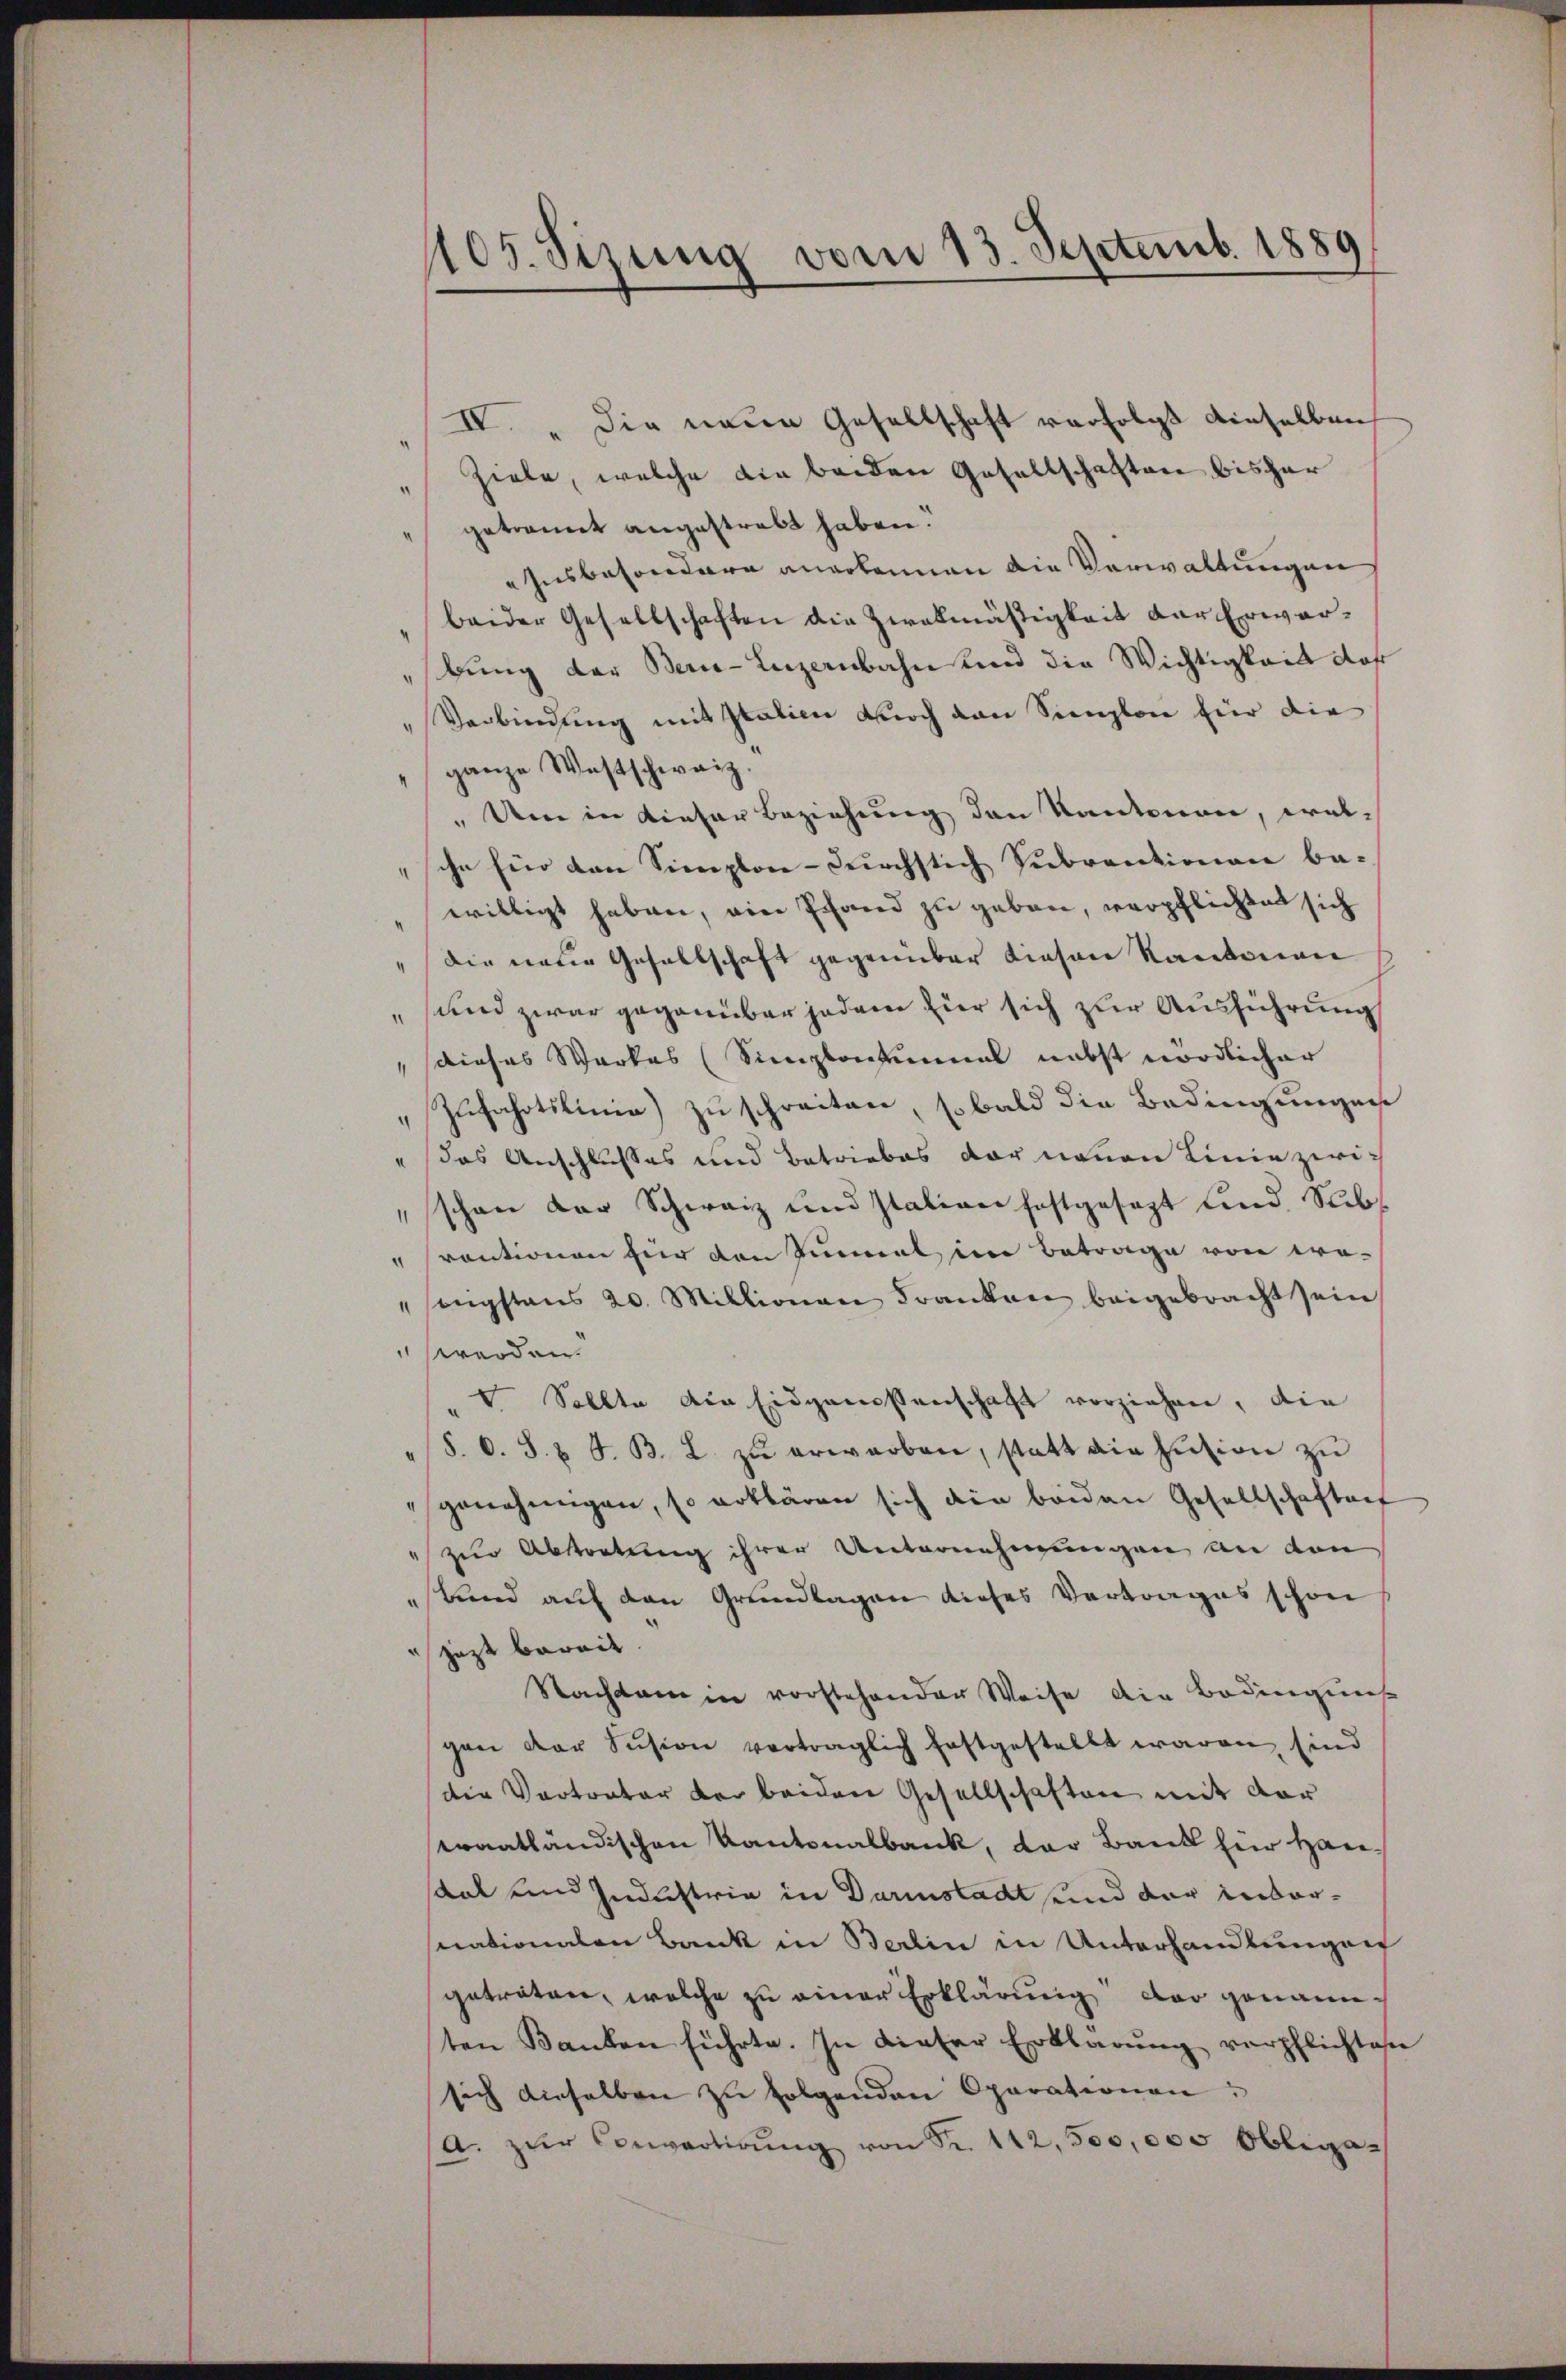
105. Sizung vom 13. Septemb. 1889

IV. Die neue Gesellschaft verfolgt dieselben
Ziele, welche die beiden Gesellschaften bisher
getrannt angestrebt haben.
Insbesondern angekannen die Verwaltungen
beider Gesellschaften die Zwekmäßigkeit der Erwarbung der Berne-Luzernbahn und die Wichtigkeit das
" Verbindung mit Italien doch von Simplon für die
ganze Westschweiz.
Um in dieser Beziehung den Kantonen, wel-
sche Ein den Simplon-Durchstich Subventionen be-
willigt haben, ein Schand zu geben, verpflichtet sich
Die neue Gesellschaft gegenüber diesen Kantonen
und zwar gegenüber jedem für sich zur Ausführung
" dieses Werkes (Simplontinmal nebst nördlicher
"Zufahrtslinie) zu schreiten, sobald die Bedingungen
"das Anschlusses und Betriebes vor neuen Linie zwi¬
"schon der Schweiz und station festgesezt und Sub¬
" sventionen für den Sinnel im Betrage von pro-
Engstens 20. Millionen Franken beigebracht sein
" werden.
t Sollte die Eidgenossenschaft vorziehen, die
S. O. S. 8 S. B. 2. zŭ erwarben, statt die Insion zu
genehmigen, so rotbären sich die beiden Gesellschaften
"zur Abtretung ihrer Unternehmungen an den
Band auf den Grundlagen dieses Vertrages schon
jezt bereit
Nachdem in vorstehender Weise die Bedingung
gen der Sŭsion vertraglich festgestellt waren, sind
die Vertrator der beiden Gesellschaften mit der
traatländischen Kantonalbank, der Bank für Hansaal und Industria in Darinstadt und der invornationalen Bank in Berlin in Unterhandlungen
getreten, welche zu einer Erklärung der genannten Banken führte. In dieser Erklärŭng verpflichten
sich dieselben zŭ folgenden Oparationen:
(a. zŭr Convertigŭng von Fr. 112,500,000 Obliga-